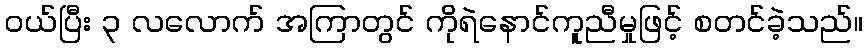
ဝယ်ပြီး ၃ လလောက် အကြာတွင် ကိုရဲနောင်ကူညီမှုဖြင့် စတင်ခဲ့သည်။